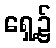
ရှေ့၌